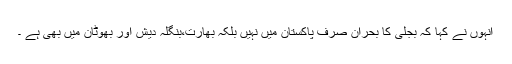
انہوں نے کہا کہ بجلی کا بحران صرف پاکستان میں نہیں بلکہ بھارت،بنگلہ دیش اور بھوٹان میں بھی ہے ۔